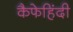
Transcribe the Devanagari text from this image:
कैफेहिंदी